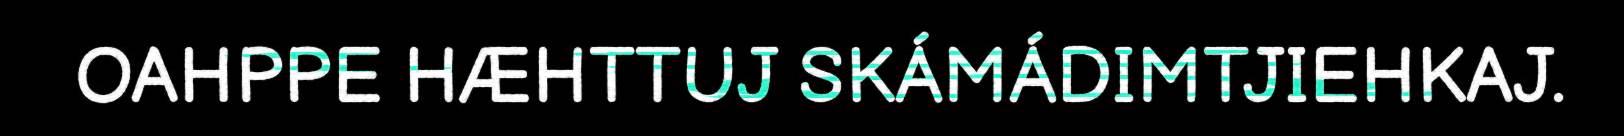
OAHPPE HÆHTTUJ SKÁMÁDIMTJIEHKAJ.